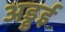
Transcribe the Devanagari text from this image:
अड्डई